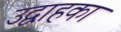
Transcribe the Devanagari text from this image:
उद्वाहका